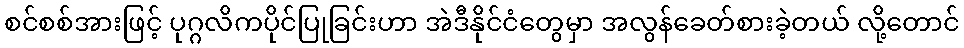
စင်စစ်အားဖြင့် ပုဂ္ဂလိကပိုင်ပြုခြင်းဟာ အဲဒီနိုင်ငံတွေမှာ အလွန်ခေတ်စားခဲ့တယ် လို့တောင်